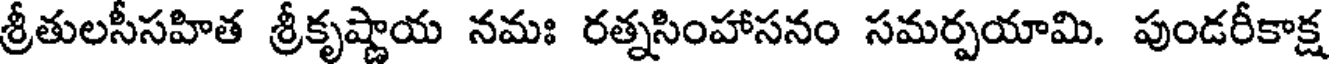
శ్రీతులసీసహిత శ్రీకృష్ణాయ నమః రత్నసింహాసనం సమర్పయామి. పుండరీకాక్ష